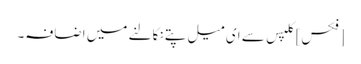
[فکس] کلپس سے ای میل پتے نکالنے میں اضافہ۔